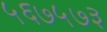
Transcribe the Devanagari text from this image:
५६७५७३